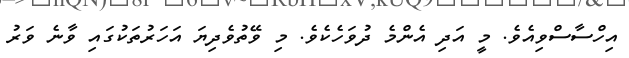
އިހްސާސްވިއެވެ. މީ އަދި އެންމެ ދުވަހެކެވެ. މި ވޭތުވެދިޔަ އަހަރުތަކުގައި ވާނެ ވަރު